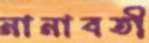
নানাবতী